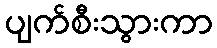
ပျက်စီးသွားကာ